Report on the Civil Veterinary Department, Eastern Bengal and Assam - 1907-1911
Year: 1907
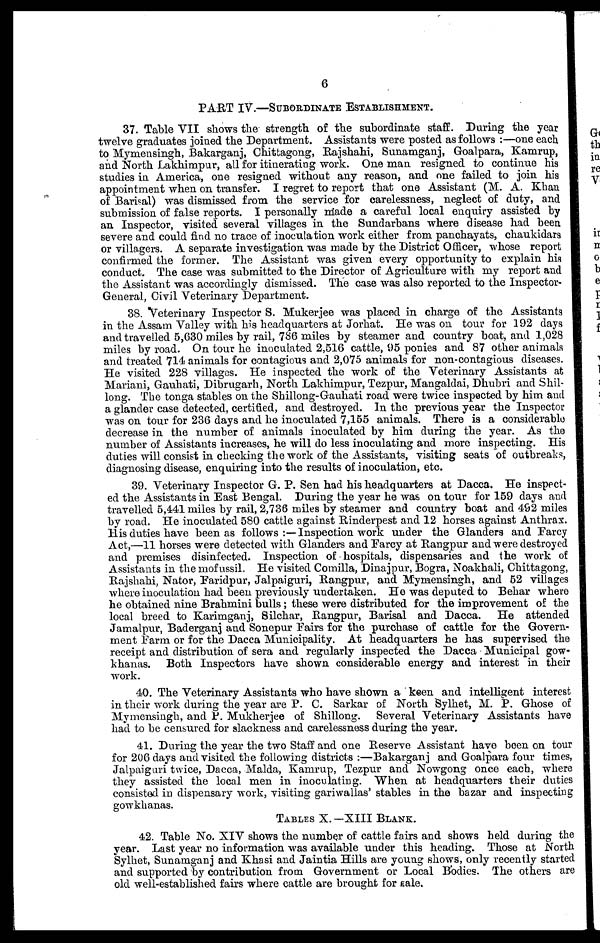
6
PART IV —SUBORDINATE ESTABLISHMENT.
37. Table VII shows the strength of the subordinate staff. During the year
twelve graduates joined the Department. Assistants were posted as follows :—one each
to Mymensingh, Bakarganj, Chittagong, Rajshahi, Sunamganj, Goalpara, Kamrup,
and North Lakhimpur, all for itinerating work. One man resigned to continue his
studies in America, one resigned without any reason, and one failed to join his
appointment when on transfer. I regret to report that one Assistant (M. A. Khan
of Barisal) was dismissed from the service for carelessness, neglect of duty, and
submission of false reports. I personally made a careful local enquiry assisted by
an Inspector, visited several villages in the Sundarbans where disease had been
severe and could find no trace of inoculation work either from panchayats, chaukidars
or villagers. A separate investigation was made by the District Officer, whose report
confirmed the former. The Assistant was given every opportunity to explain his
conduct. The case was submitted to the Director of Agriculture with my report and
the Assistant was accordingly dismissed. The case was also reported to the Inspector-
General, Civil Veterinary Department.
38. Veterinary Inspector S. Mukerjee was placed in charge of the Assistants
in the Assam Valley with his headquarters at Jorhat. He was on tour for 192 days
and travelled 5,630 miles by rail, 786 miles by steamer and country boat, and 1,028
miles by road. On tour he inoculated 2,516 cattle, 95 ponies and 87 other animals
and treated 714 animals for contagious and 2,075 animals for non-contagious diseases.
He visited 228 villages. He inspected the work of the Veterinary Assistants at
Mariani, Gauhati, Dibrugarh, North Lakhimpur, Tezpur, Mangaldai, Dhubri and Shil-
long. The tonga stables on the Shillong-Gauhati road were twice inspected by him and
a glander case detected, certified, and destroyed. In the previous year the Inspector
was on tour for 236 days and he inoculated 7,155 animals. There is a considerable
decrease in the number of animals inoculated by him during the year. As the
number of Assistants increases, he will do less inoculating and more inspecting. His
duties will consist in checking the work of the Assistants, visiting seats of outbreaks,
diagnosing disease, enquiring into the results of inoculation, etc.
39. Veterinary Inspector G. P. Sen had his headquarters at Dacca. He inspect-
ed the Assistants in East Bengal. During the year he was on tour for 159 days and
travelled 5,441 miles by rail, 2,736 miles by steamer and country boat and 492 miles
by road. He inoculated 580 cattle against Rinderpest and 12 horses against Anthrax.
His duties have been as follows :— Inspection work under the Glanders and Farcy
Act,—11 horses were detected with Glanders and Farcy at Rangpur and were destroyed
and premises disinfected. Inspection of hospitals, dispensaries and the work of
Assistants in the mofussil. He visited Comilla, Dinajpur, Bogra, Noakhali, Chittagong,
Rajshahi, Nator, Faridpur, Jalpaiguri, Rangpur, and Mymensingh, and 52 villages
where inoculation had been previously undertaken. He was deputed to Behar where
he obtained nine Brahmini bulls ; these were distributed for the improvement of the
local breed to Karimganj, Silchar, Rangpur, Barisal and Dacca. He attended
Jamalpur, Baderganj and Sonepur Fairs for the purchase of cattle for the Govern-
ment Farm or for the Dacca Municipality. At headquarters he has supervised the
receipt and distribution of sera and regularly inspected the Dacca Municipal gow-
khanas. Both Inspectors have shown considerable energy and interest in their
work.
40. The Veterinary Assistants who have shown a keen and intelligent interest
in their work during the year are P. C. Sarkar of North Sylhet, M. P. Ghose of
Mymensingh, and P. Mukkerjee of Shillong. Several Veterinary Assistants have
had to be censured for slackness and carelessness during the year.
41. During the year the two Staff and one Reserve Assistant have been on tour
for 206 days and visited the following districts :—Bakarganj and Goalpara four times,
Jalpaiguri twice, Dacca, Malda, Kamrup, Tezpur and Nowgong once each, where
they assisted the local men in inoculating. When at headquarters their duties
consisted in dispensary work, visiting gariwallas' stables in the bazar and inspecting
gowkhanas.
TABLES X.—XIII BLANK.
42. Table No. XIV shows the number of cattle fairs and shows held during the
year. Last year no information was available under this heading. Those at North
Sylhet, Sunamganj and Khasi and Jaintia Hills are young shows, only recently started
and supported by contribution from Government or Local Bodies. The others are
old well-established fairs where cattle are brought for gale.